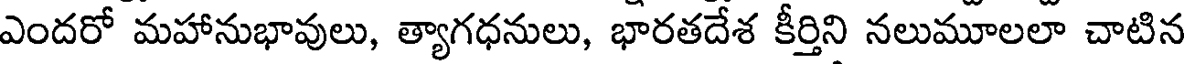
ఎందరో మహానుభావులు, త్యాగధనులు, భారతదేశ కీర్తిని నలుమూలలా చాటిన